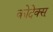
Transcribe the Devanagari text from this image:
कोदेक्स्